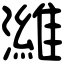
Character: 濰